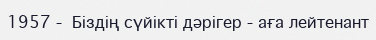
1957 -  Біздің сүйікті дәрігер - аға лейтенант